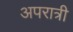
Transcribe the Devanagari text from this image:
अपरात्री